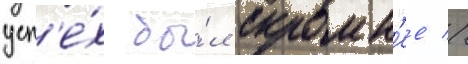
усп'е́х бы́л скромн'ее //